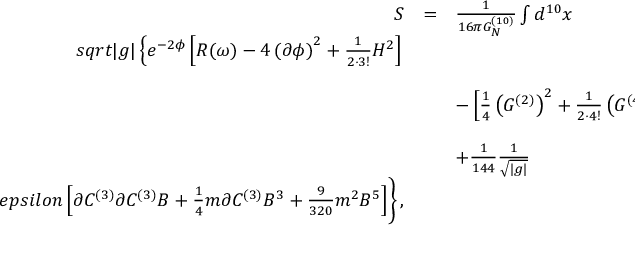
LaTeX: \begin{array} { r c l } { { S } } & { { = } } & { { \frac { 1 } { 1 6 \pi G _ { N } ^ { ( 1 0 ) } } \int d ^ { 1 0 } x } } \\ { { s q r t { | g | } \left\{ e ^ { - 2 \phi } \left[ R ( \omega ) - 4 \left( \partial \phi \right) ^ { 2 } + { \textstyle \frac { 1 } { 2 \cdot 3 ! } } H ^ { 2 } \right] \right. } } \\ { { } } & { { } } & { { } } \\ { { } } & { { } } & { { - \left[ { \textstyle \frac { 1 } { 4 } } \left( G ^ { ( 2 ) } \right) ^ { 2 } + { \textstyle \frac { 1 } { 2 \cdot 4 ! } } \left( G ^ { ( 4 ) } \right) ^ { 2 } + { \textstyle \frac { 1 } { 8 } } m ^ { 2 } \right] } } \\ { { } } & { { } } & { { } } \\ { { } } & { { } } & { { + { \textstyle \frac { 1 } { 1 4 4 } } \frac { 1 } { \sqrt { | g | } } } } \\ { { e p s i l o n \left[ \partial C ^ { ( 3 ) } \partial C ^ { ( 3 ) } B + { \textstyle \frac { 1 } { 4 } } m \partial C ^ { ( 3 ) } B ^ { 3 } + { \textstyle \frac { 9 } { 3 2 0 } } m ^ { 2 } B ^ { 5 } \right] \biggr \} \, , } } \end{array}